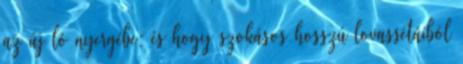
az új ló nyergébe; és hogy szokásos hosszú lovassétáiból